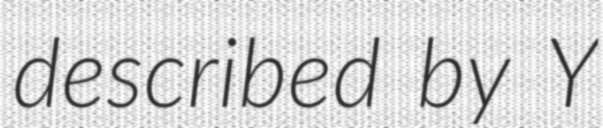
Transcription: described by Y